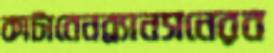
কাটাবেনব্র্যানসনেরব